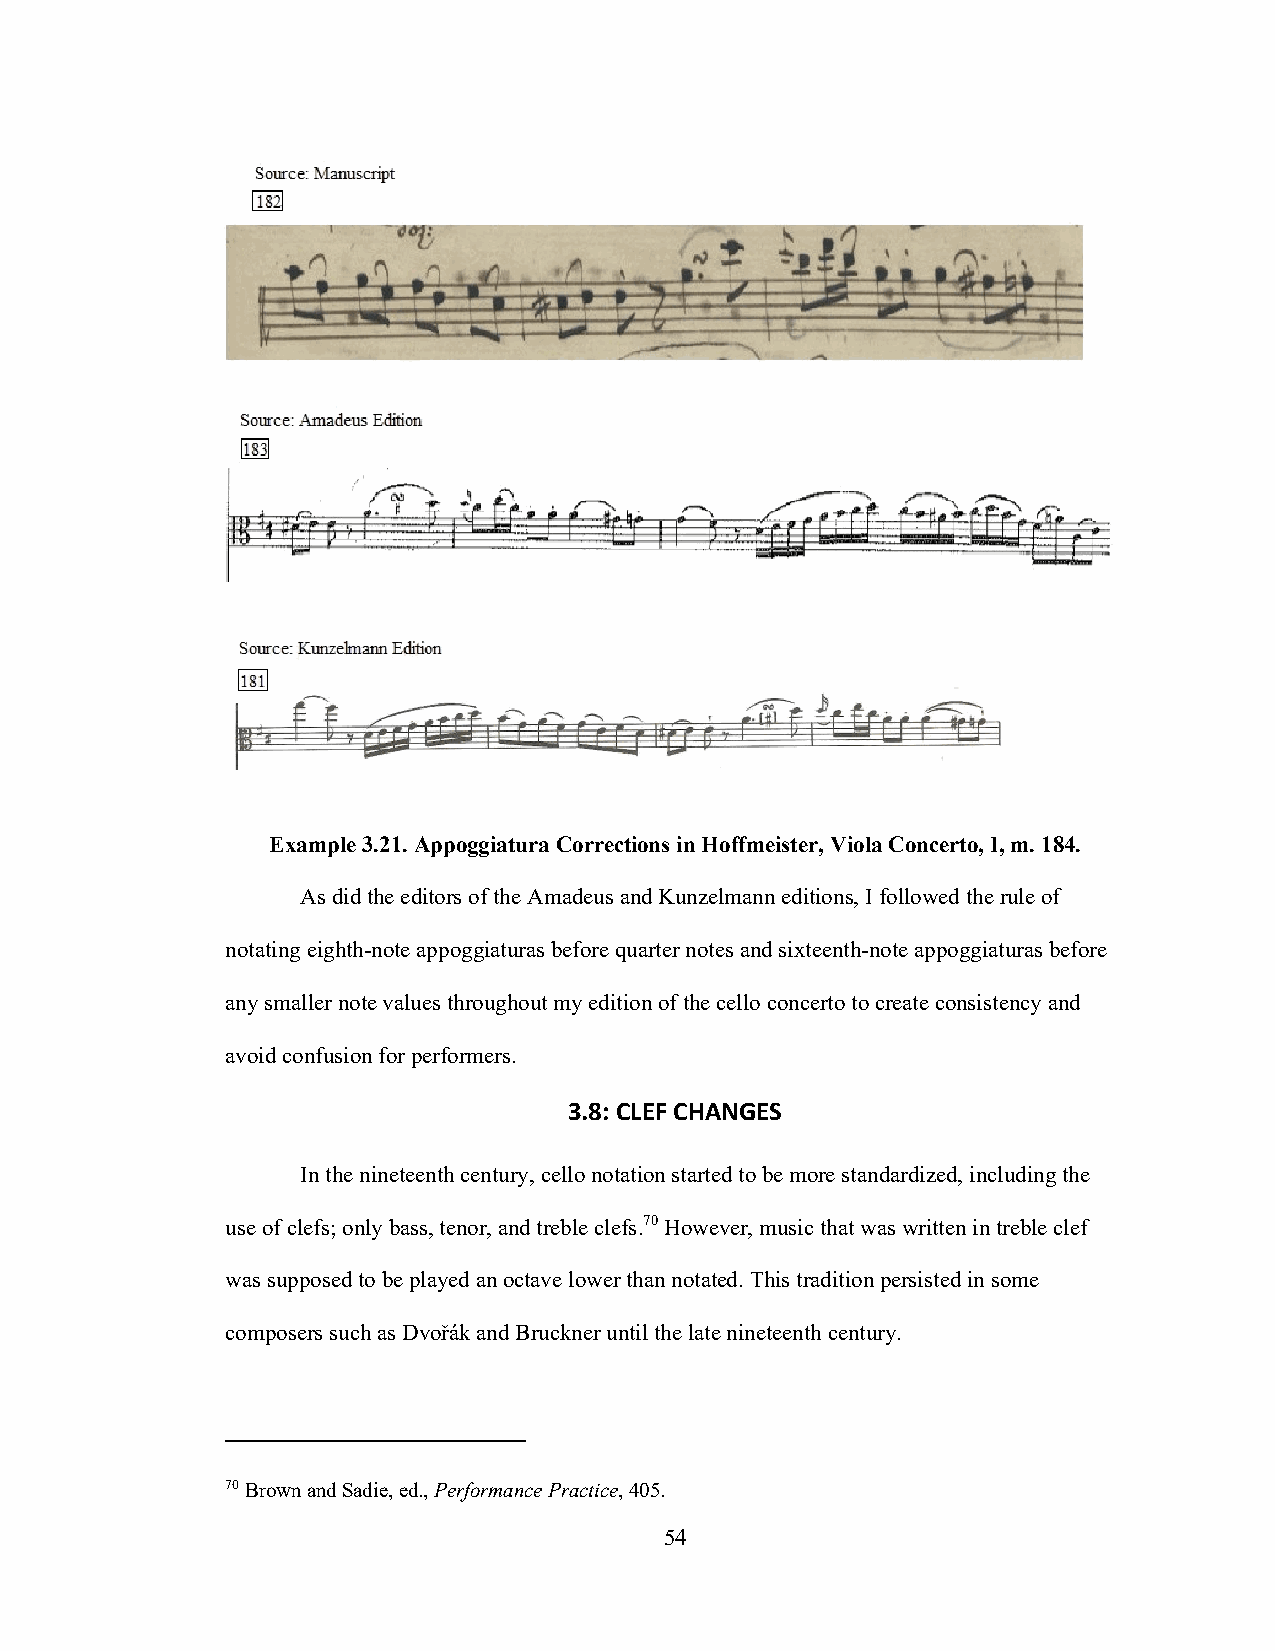
Example 3.21. Appoggiatura Corrections in Hoffmeister, Viola Concerto, I, m. 184.
 As did the editors of the Amadeus and Kunzelmann editions, I followed the rule of
 notating eighth-note appoggiaturas before quarter notes and sixteenth-note appoggiaturas before
 any smaller note values throughout my edition of the cello concerto to create consistency and
 avoid confusion for performers.
 3.8: CLEF CHANGES
 In the nineteenth century, cello notation started to be more standardized, including the
 use of clefs; only bass, tenor, and treble clefs.70 However, music that was written in treble clef
 was supposed to be played an octave lower than notated. This tradition persisted in some
 composers such as Dvořák and Bruckner until the late nineteenth century.
 70 Brown and Sadie, ed., Performance Practice, 405.
 54